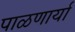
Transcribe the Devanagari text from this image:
पाळणार्या